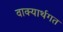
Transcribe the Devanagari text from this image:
वाक्यार्थगत